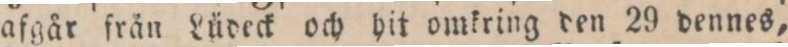
afgår från Lüdeck och hit omkring den 29 dennes,